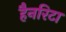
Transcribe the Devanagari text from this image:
हैनरिटा